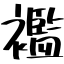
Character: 襤